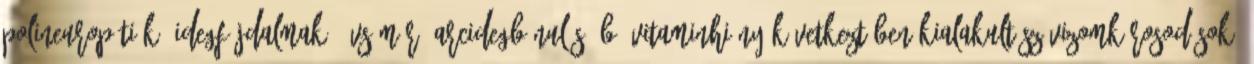
polineuropátiák, idegfájdalmak, övsömör, arcidegbénulás, B1 vitaminhiány következtében kialakult szívizomkárosodások,